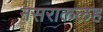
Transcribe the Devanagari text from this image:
नसराललह